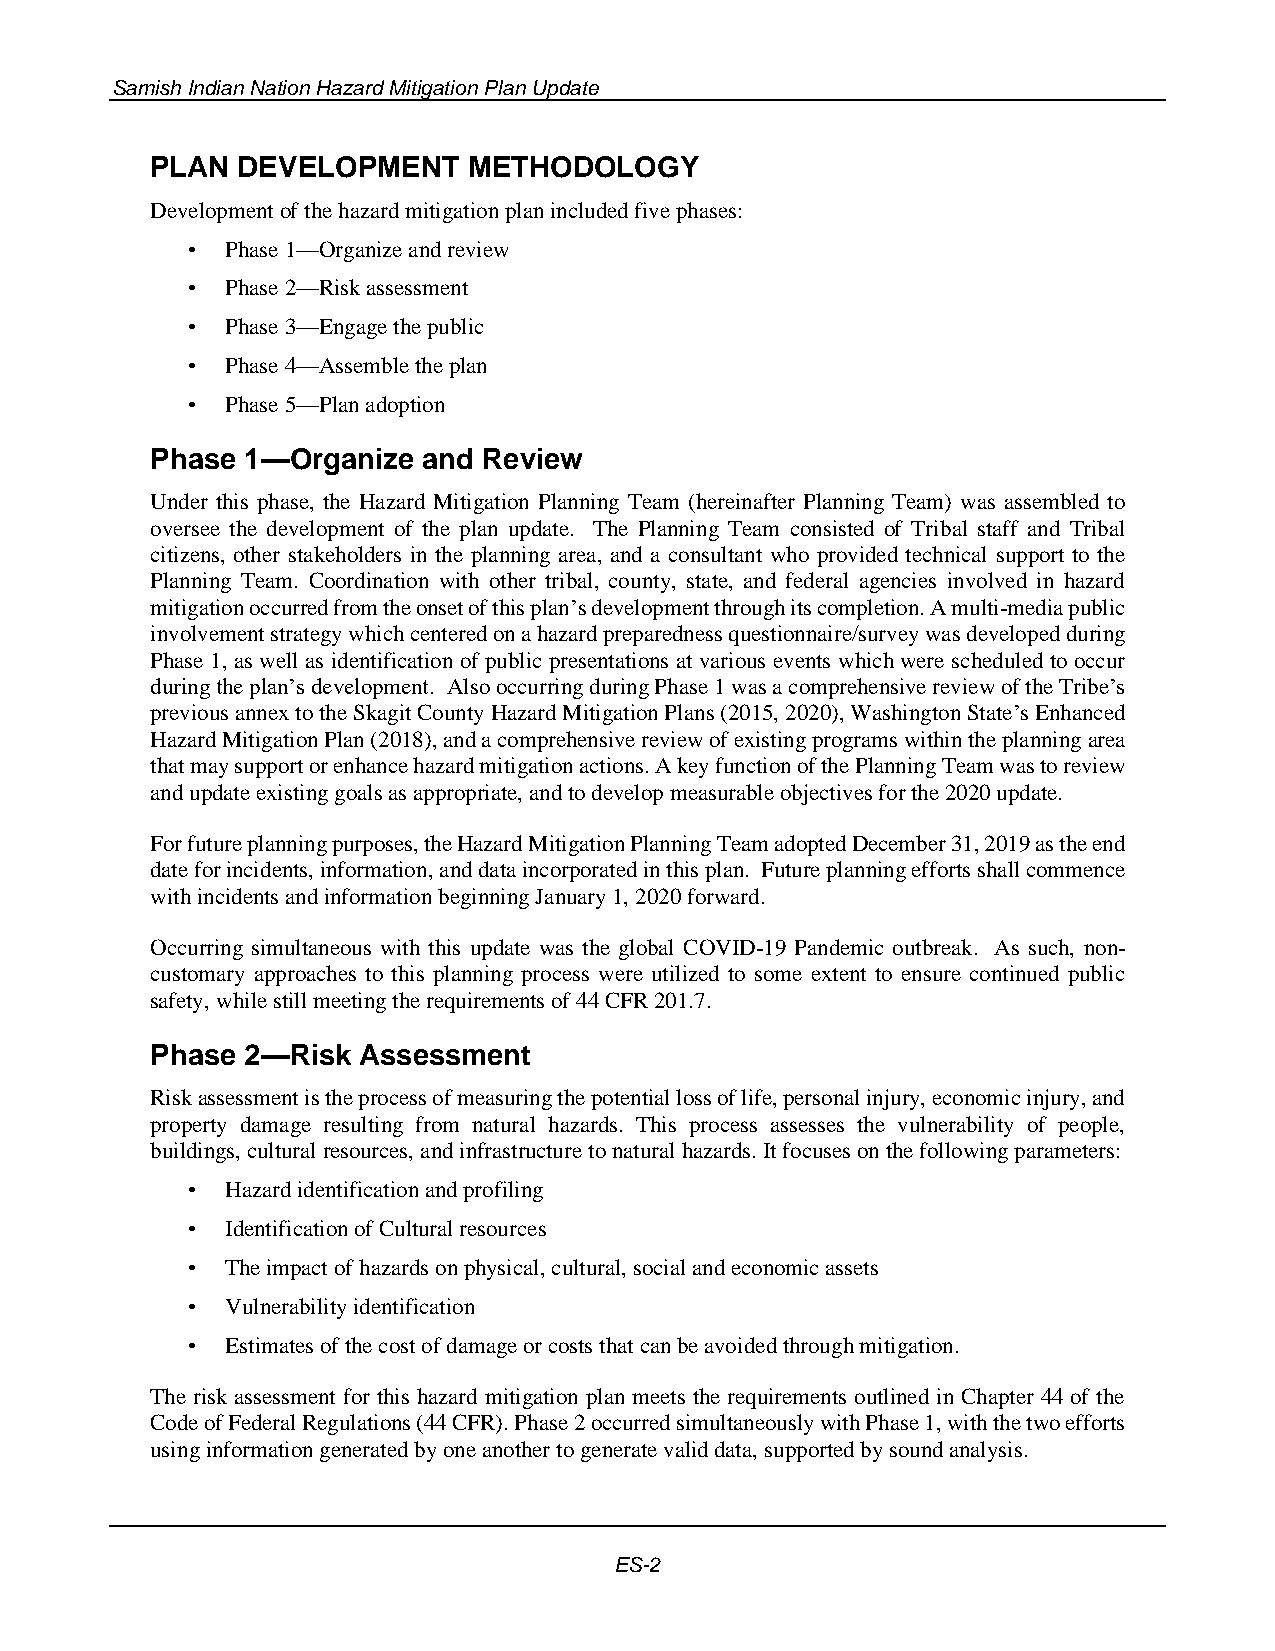
Samish Indian Nation Hazard Mitigation Plan Update
 PLAN  DEVELOPMENT    METHODOLOGY
 Development of the hazard mitigation plan included five phases:
 •  Phase 1—Organize and review
 •  Phase 2—Risk assessment
 •  Phase 3—Engage the public
 •  Phase 4—Assemble the plan
 •  Phase 5—Plan adoption
 Phase 1—Organize  and Review
 Under this phase, the Hazard Mitigation Planning Team (hereinafter Planning Team) was assembled to
 oversee the development of the plan update. The Planning Team consisted of Tribal staff and Tribal
 citizens, other stakeholders in the planning area, and a consultant who provided technical support to the
 Planning Team. Coordination with other tribal, county, state, and federal agencies involved in hazard
 mitigation occurred from the onset of this plan’s development through its completion. A multi-media public
 involvement strategy which centered on a hazard preparedness questionnaire/survey was developed during
 Phase 1, as well as identification of public presentations at various events which were scheduled to occur
 during the plan’s development. Also occurring during Phase 1 was a comprehensive review of the Tribe’s
 previous annex to the Skagit County Hazard Mitigation Plans (2015, 2020), Washington State’s Enhanced
 Hazard Mitigation Plan (2018), and a comprehensive review of existing programs within the planning area
 that may support or enhance hazard mitigation actions. A key function of the Planning Team was to review
 and update existing goals as appropriate, and to develop measurable objectives for the 2020 update.
 For future planning purposes, the Hazard Mitigation Planning Team adopted December 31, 2019 as the end
 date for incidents, information, and data incorporated in this plan. Future planning efforts shall commence
 with incidents and information beginning January 1, 2020 forward.
 Occurring simultaneous with this update was the global COVID-19 Pandemic outbreak. As such, non-
 customary approaches to this planning process were utilized to some extent to ensure continued public
 safety, while still meeting the requirements of 44 CFR 201.7.
 Phase 2—Risk  Assessment
 Risk assessment is the process of measuring the potential loss of life, personal injury, economic injury, and
 property damage resulting from natural hazards. This process assesses the vulnerability of people,
 buildings, cultural resources, and infrastructure to natural hazards. It focuses on the following parameters:
 •  Hazard identification and profiling
 •  Identification of Cultural resources
 •  The impact of hazards on physical, cultural, social and economic assets
 •  Vulnerability identification
 •  Estimates of the cost of damage or costs that can be avoided through mitigation.
 The risk assessment for this hazard mitigation plan meets the requirements outlined in Chapter 44 of the
 Code of Federal Regulations (44 CFR). Phase 2 occurred simultaneously with Phase 1, with the two efforts
 using information generated by one another to generate valid data, supported by sound analysis.
 ES-2